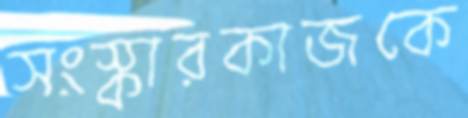
সংস্কারকাজকে